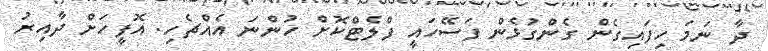
ދާ ނަމަ ހިފައިގެން ގެންގުޅެން ފަސޭހައީ ފްލެޓްކޮށް ހުންނަ އެއްޗެހި. އޮފީހަށް ދާއިރު